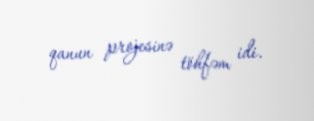
qanun projesinə töhfəm idi.